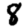
Digit: 8